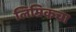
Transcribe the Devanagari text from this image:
लिम्रिकचा